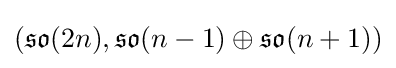
({\mathfrak {so}}(2n),{\mathfrak {so}}(n-1)\oplus {\mathfrak {so}}(n+1))